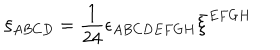
\xi _ { A B C D } = \frac { 1 } { 2 4 } \epsilon _ { A B C D E F G H } \bar { \xi } ^ { E F G H }